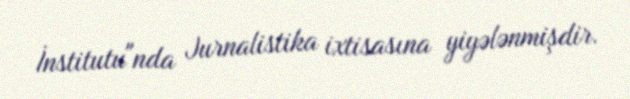
İnstitutu"nda Jurnalistika ixtisasına yiyələnmişdir.